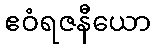
ဧဝံရဇနီယော